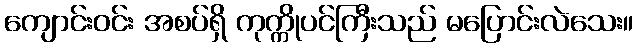
ကျောင်းဝင်း အစပ်ရှိ ကုက္ကိုပင်ကြီးသည် မပြောင်းလဲသေး။